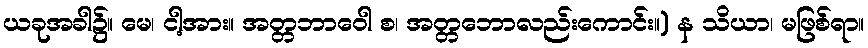
ယခုအခါ၌။ မေ၊ ငါ့အား။ အတ္တဘာဝေါ စ၊ အတ္တဘောလည်းကောင်း။) န သိယာ၊ မဖြစ်ရာ။